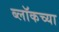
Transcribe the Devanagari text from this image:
ब्लॉकच्या